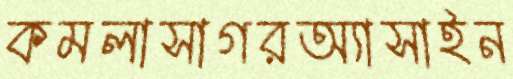
কমলাসাগরঅ্যাসাইন